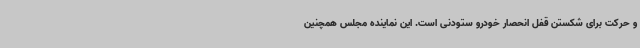
و حرکت برای شکستن قفل انحصار خودرو ستودنی است. این نماینده مجلس همچنین